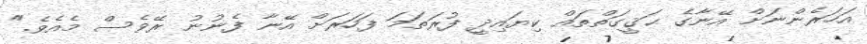
އަހަރެންނަށް އޭނާގެ ޙަޤީގަތްތައް ކިޔައިދީ ފުރަތަމަ ފަހަރަށް އޭނާ ފެނުނު ރޭވެސް މެއެވެ."